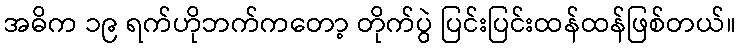
အဓိက ၁၉ ရက်ဟိုဘက်ကတော့ တိုက်ပွဲ ပြင်းပြင်းထန်ထန်ဖြစ်တယ်။